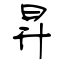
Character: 昇